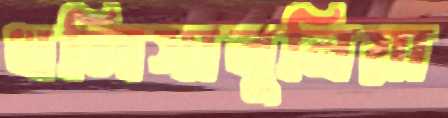
খলিসাবুনিয়া